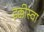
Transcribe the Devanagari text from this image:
इक्कीस्वा